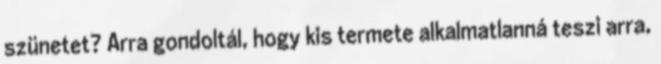
szünetet? Arra gondoltál, hogy kis termete alkalmatlanná teszi arra,